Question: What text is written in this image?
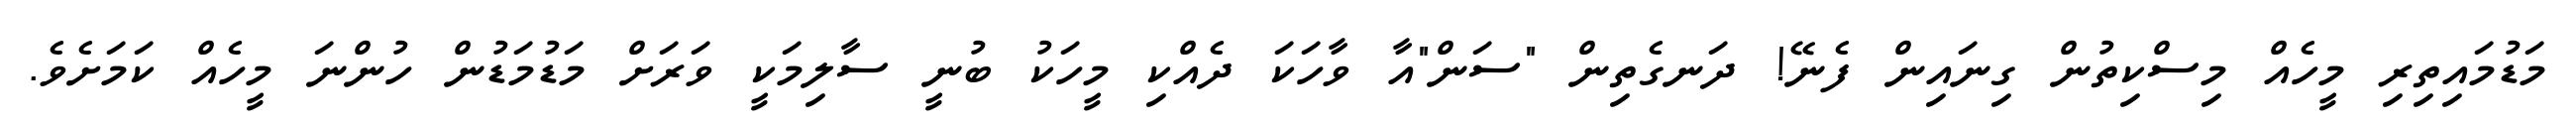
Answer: މަޑުމައިތިރި މީހެއް މިސްކިތުން ގިނައިން ފެނޭ! ދަނގެތިން "ސަން"އާ ވާހަކަ ދެއްކި މީހަކު ބުނީ ސާލިމަކީ ވަރަށް މަޑުމަޑުން ހުންނަ މީހެއް ކަމަށެވެ.